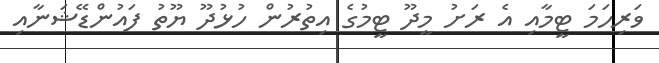
ވަރިހަމަ ޓީމާއި އެ ރަށު މީދޫ ޓީމުގެ އިތުރުން ހުޅުދޫ ޔޫތު ފައުންޑޭޝަނާއި